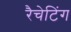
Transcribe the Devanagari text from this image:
रैचेटिंग